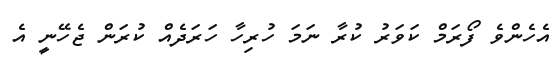
އެހެންވެ ފޯރަމް ކަވަރު ކުރާ ނަމަ ހުރިހާ ހަރަދެއް ކުރަން ޖެހޭނީ އެ